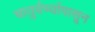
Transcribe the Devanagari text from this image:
चातुर्वर्ण्यापासून